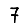
Digit: 7